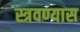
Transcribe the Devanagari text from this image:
स्त्रवण्यास